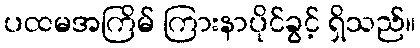
ပထမအကြိမ် ကြားနာပိုင်ခွင့် ရှိသည်။